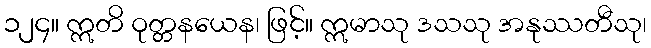
၁၂၄။ ဣတိ ဝုတ္တနယေန၊ ဖြင့်။ ဣမာသု ဒသသု အနုဿတီသု၊